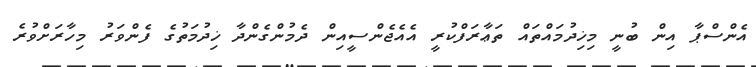
އެންސްޕާ އިން ބުނީ މިޚިދުމައްތައް ތަޢާރަފްކުރީ އެއެޖެންސީއިން ދެމުންގެންދާ ޚިދުމަތުގެ ފެންވަރު މިހާރަށްވުރެ